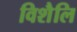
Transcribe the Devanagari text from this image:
विशैलि